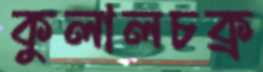
কুলালচক্র